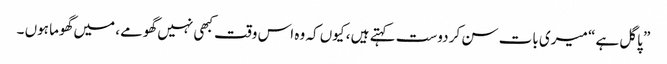
” پاگل ہے “ میری بات سن کر دوست کہتے ہیں ، کیوں کہ وہ اس وقت کبھی نہیں گھومے، میں گھوما ہوں ۔